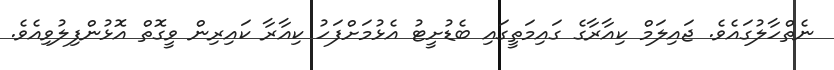
ނެތްހާލުގައެވެ. ޖައިލަމް ކިއާރާގެ ގައިމަތީގައި ބެޑުށީޓު އެޅުމަށްފަހު ކިއާރާ ކައިރިން ވީގޮތް އޮޅުންފިލުވިއެވެ.